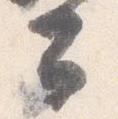
公